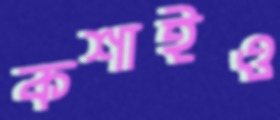
কশাইও